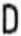
D